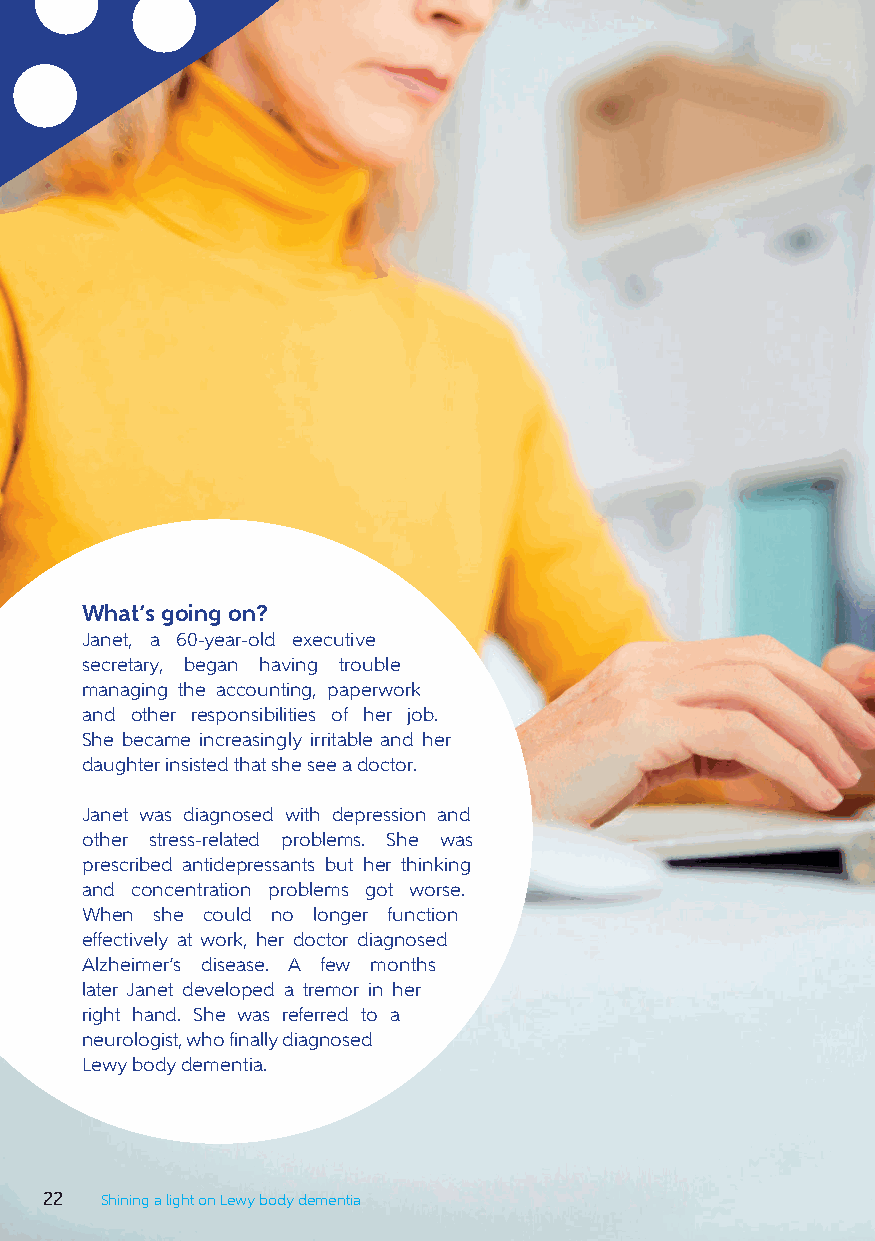
What’s going on?
 Janet, a 60-year-old executive
 secretary, began having trouble
 managing the accounting, paperwork
 and other responsibilities of her job.
 She became increasingly irritable and her
 daughter insisted that she see a doctor.
 Janet was diagnosed with depression and
 other stress-related problems. She was
 prescribed antidepressants but her thinking
 and concentration problems got worse.
 When she could no longer function
 effectively at work, her doctor diagnosed
 Alzheimer’s disease. A few months
 later Janet developed a tremor in her
 right hand. She was referred to a
 neurologist, who finally diagnosed
 Lewy body dementia.
 22  Shining a light on Lewy body dementia